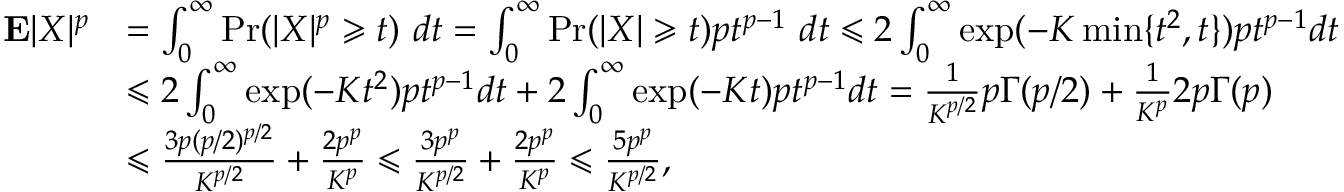
\begin{array} { r l } { { \mathbf E } | X | ^ { p } } & { = \int _ { 0 } ^ { \infty } \operatorname* { P r } ( | X | ^ { p } \geqslant t ) ~ d t = \int _ { 0 } ^ { \infty } \operatorname* { P r } ( | X | \geqslant t ) p t ^ { p - 1 } ~ d t \leqslant 2 \int _ { 0 } ^ { \infty } \exp ( - K \operatorname* { m i n } \{ t ^ { 2 } , t \} ) p t ^ { p - 1 } d t } \\ & { \leqslant 2 \int _ { 0 } ^ { \infty } \exp ( - K t ^ { 2 } ) p t ^ { p - 1 } d t + 2 \int _ { 0 } ^ { \infty } \exp ( - K t ) p t ^ { p - 1 } d t = \frac { 1 } { K ^ { p / 2 } } p \Gamma ( p / 2 ) + \frac { 1 } { K ^ { p } } 2 p \Gamma ( p ) } \\ & { \leqslant \frac { 3 p ( p / 2 ) ^ { p / 2 } } { K ^ { p / 2 } } + \frac { 2 p ^ { p } } { K ^ { p } } \leqslant \frac { 3 p ^ { p } } { K ^ { p / 2 } } + \frac { 2 p ^ { p } } { K ^ { p } } \leqslant \frac { 5 p ^ { p } } { K ^ { p / 2 } } , } \end{array}